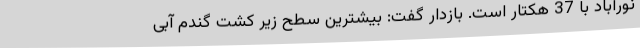
نورآباد با 37 هکتار است. بازدار گفت: بیشترین سطح زیر کشت گندم آبی